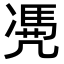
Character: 𠙥